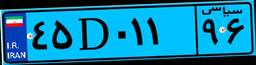
۲۶D۴۳۴۶۸